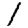
Digit: 1